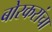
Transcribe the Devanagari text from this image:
बोरकरांचा